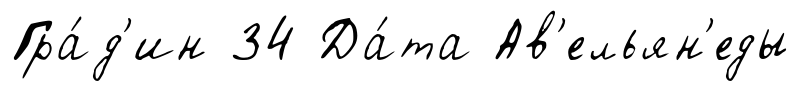
Гра́д'ин 34 Да́та Ав'ельян'еды